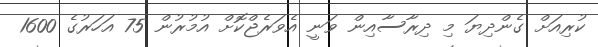
ކުރިއަށް ގެންދިޔަ މި ދިރާސާއިން ވަނީ އެވަރެޖްކޮށް އުމުރުން 75 އަހަރުގެ 1600